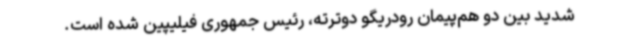
شدید بین دو هم‌پیمان رودریگو دوترته، رئیس جمهوری فیلیپین شده است.